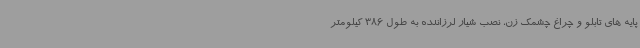
پایه های تابلو و چراغ چشمک زن، نصب شیار لرزاننده به طول 386 کیلومتر